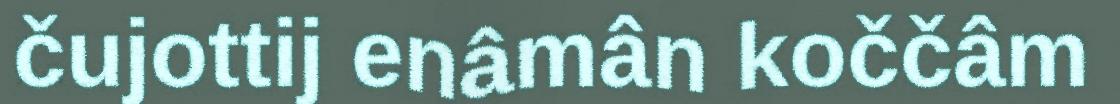
čujottij enâmân koččâm